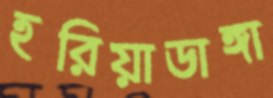
হরিয়াডাঙ্গা